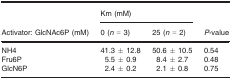
<table><thead><tr><td rowspan="2"><b>Activator: GlcNAc6P (mM)</b></td><td colspan="2"><b>Km (mM)</b></td><td rowspan="2"><b><i>P</i>‐value</b></td></tr><tr><td><b>0 (<i>n</i> = 3)</b></td><td><b>25 (<i>n</i> = 2)</b></td></tr></thead><tbody><tr><td>NH4</td><td>41.3 ± 12.8</td><td>50.6 ± 10.5</td><td>0.54</td></tr><tr><td>Fru6P</td><td>5.5 ± 0.9</td><td>8.4 ± 2.7</td><td>0.48</td></tr><tr><td>GlcN6P</td><td>2.4 ± 0.2</td><td>2.1 ± 0.8</td><td>0.75</td></tr></tbody></table>